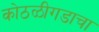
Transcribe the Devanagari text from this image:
कोठळीगडाचा